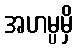
အဟမ္ပမှိ